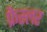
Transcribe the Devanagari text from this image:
फ्रैस्लर